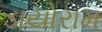
ડાયોરામ